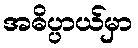
အဓိပ္ပာယ်မှာ